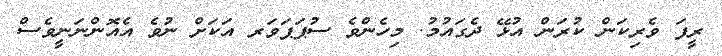
ރީފަ ވެރިކަން ކުރަން އުޅޭ ދެގައުމު. މިހެންވެ ސުޕަޕަވަރ އަކަށް ނުވެ އެއޮންނަނީވެސް